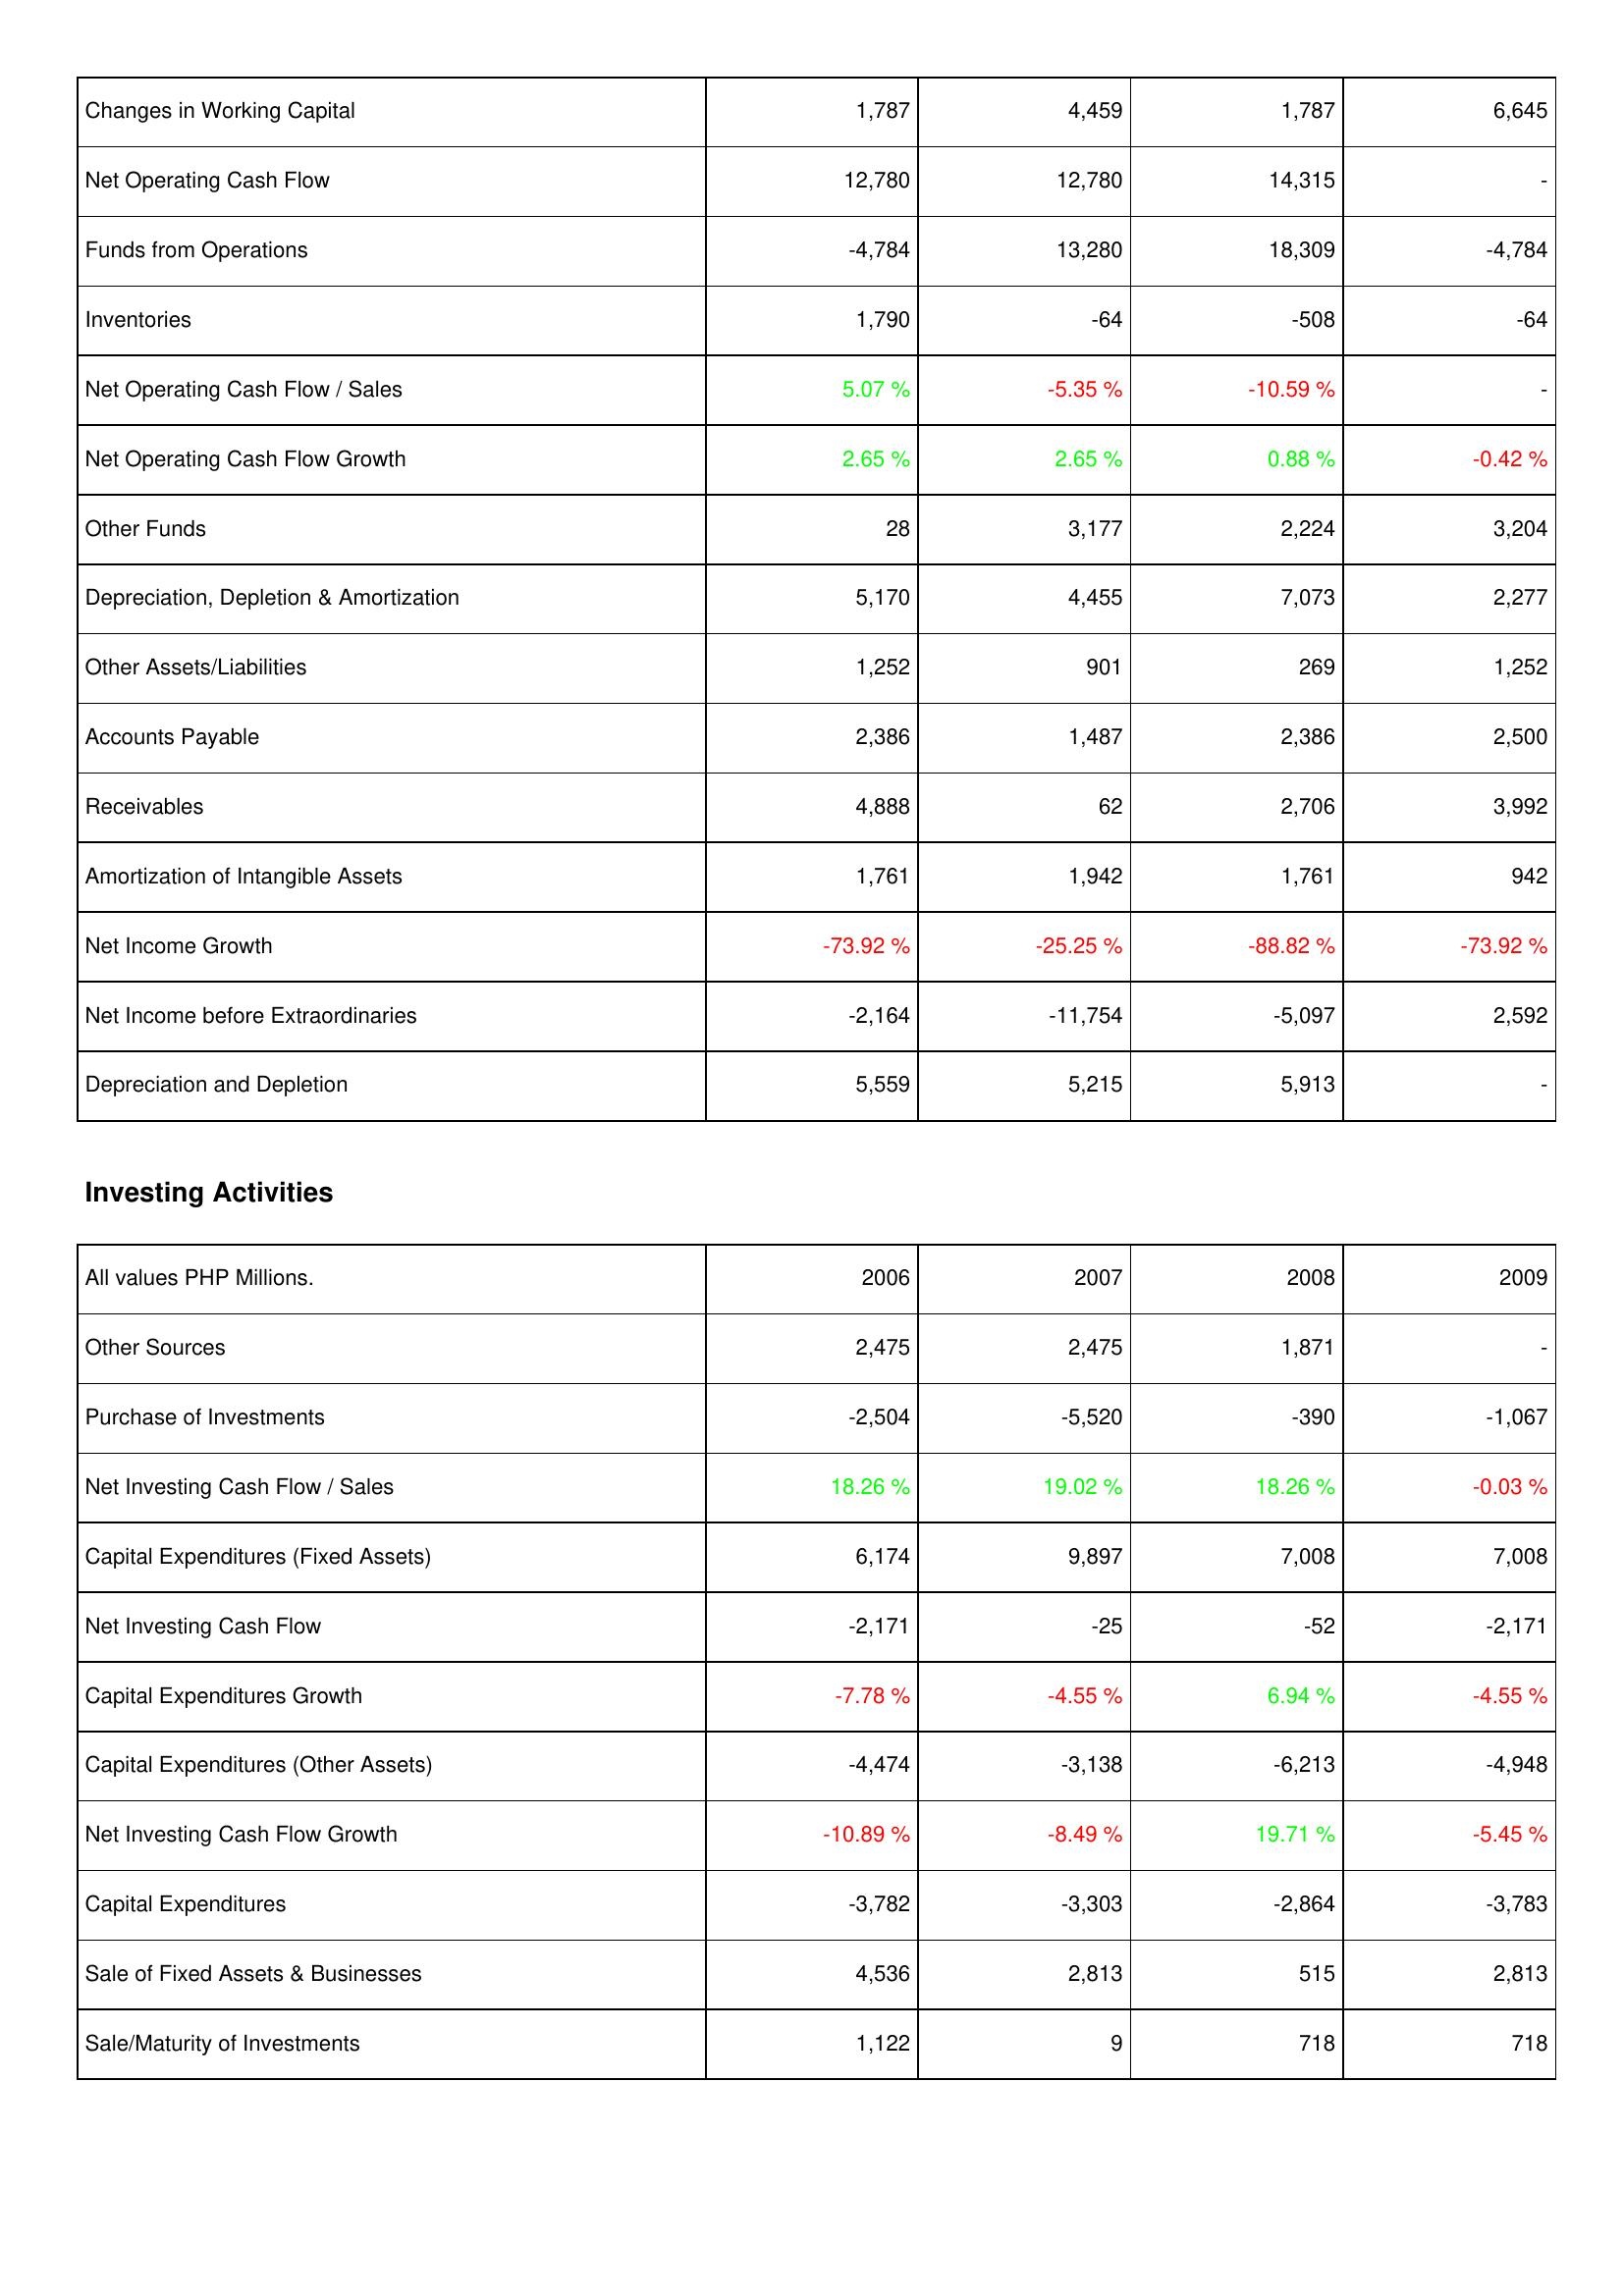
2006: Operating Activities: Changes in Working Capital: 1,787
Net Operating Cash Flow: 12,780
Funds from Operations: -4,784
Inventories: 1,790
Net Operating Cash Flow / Sales: 5.07 %
Net Operating Cash Flow Growth: 2.65 %
Other Funds: 28
Depreciation, Depletion & Amortization: 5,170
Other Assets/Liabilities: 1,252
Accounts Payable: 2,386
Receivables: 4,888
Amortization of Intangible Assets: 1,761
Net Income Growth: -73.92 %
Net Income before Extraordinaries: -2,164
Depreciation and Depletion: 5,559
Investing Activities: Other Sources: 2,475
Purchase of Investments: -2,504
Net Investing Cash Flow / Sales: 18.26 %
Capital Expenditures (Fixed Assets): 6,174
Net Investing Cash Flow: -2,171
Capital Expenditures Growth: -7.78 %
Capital Expenditures (Other Assets): -4,474
Net Investing Cash Flow Growth: -10.89 %
Capital Expenditures: -3,782
Sale of Fixed Assets & Businesses: 4,536
Sale/Maturity of Investments: 1,122
2007: Operating Activities: Changes in Working Capital: 4,459
Net Operating Cash Flow: 12,780
Funds from Operations: 13,280
Inventories: -64
Net Operating Cash Flow / Sales: -5.35 %
Net Operating Cash Flow Growth: 2.65 %
Other Funds: 3,177
Depreciation, Depletion & Amortization: 4,455
Other Assets/Liabilities: 901
Accounts Payable: 1,487
Receivables: 62
Amortization of Intangible Assets: 1,942
Net Income Growth: -25.25 %
Net Income before Extraordinaries: -11,754
Depreciation and Depletion: 5,215
Investing Activities: Other Sources: 2,475
Purchase of Investments: -5,520
Net Investing Cash Flow / Sales: 19.02 %
Capital Expenditures (Fixed Assets): 9,897
Net Investing Cash Flow: -25
Capital Expenditures Growth: -4.55 %
Capital Expenditures (Other Assets): -3,138
Net Investing Cash Flow Growth: -8.49 %
Capital Expenditures: -3,303
Sale of Fixed Assets & Businesses: 2,813
Sale/Maturity of Investments: 9
2008: Operating Activities: Changes in Working Capital: 1,787
Net Operating Cash Flow: 14,315
Funds from Operations: 18,309
Inventories: -508
Net Operating Cash Flow / Sales: -10.59 %
Net Operating Cash Flow Growth: 0.88 %
Other Funds: 2,224
Depreciation, Depletion & Amortization: 7,073
Other Assets/Liabilities: 269
Accounts Payable: 2,386
Receivables: 2,706
Amortization of Intangible Assets: 1,761
Net Income Growth: -88.82 %
Net Income before Extraordinaries: -5,097
Depreciation and Depletion: 5,913
Investing Activities: Other Sources: 1,871
Purchase of Investments: -390
Net Investing Cash Flow / Sales: 18.26 %
Capital Expenditures (Fixed Assets): 7,008
Net Investing Cash Flow: -52
Capital Expenditures Growth: 6.94 %
Capital Expenditures (Other Assets): -6,213
Net Investing Cash Flow Growth: 19.71 %
Capital Expenditures: -2,864
Sale of Fixed Assets & Businesses: 515
Sale/Maturity of Investments: 718
2009: Operating Activities: Changes in Working Capital: 6,645
Net Operating Cash Flow: -
Funds from Operations: -4,784
Inventories: -64
Net Operating Cash Flow / Sales: -
Net Operating Cash Flow Growth: -0.42 %
Other Funds: 3,204
Depreciation, Depletion & Amortization: 2,277
Other Assets/Liabilities: 1,252
Accounts Payable: 2,500
Receivables: 3,992
Amortization of Intangible Assets: 942
Net Income Growth: -73.92 %
Net Income before Extraordinaries: 2,592
Depreciation and Depletion: -
Investing Activities: Other Sources: -
Purchase of Investments: -1,067
Net Investing Cash Flow / Sales: -0.03 %
Capital Expenditures (Fixed Assets): 7,008
Net Investing Cash Flow: -2,171
Capital Expenditures Growth: -4.55 %
Capital Expenditures (Other Assets): -4,948
Net Investing Cash Flow Growth: -5.45 %
Capital Expenditures: -3,783
Sale of Fixed Assets & Businesses: 2,813
Sale/Maturity of Investments: 718